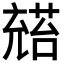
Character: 𪞅